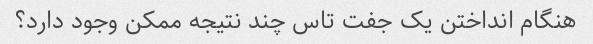
هنگام انداختن یک جفت تاس چند نتیجه ممکن وجود دارد؟